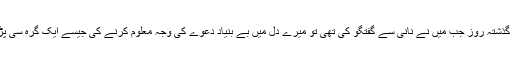
اس لئے کہ گذشتہ روز جب میں نے نانی سے گفتگو کی تھی تو میرے دل میں بے بنیاد دعوے کی وجہ معلوم کرنے کی جیسے ایک گرہ سی پڑ گئی تھی ۔